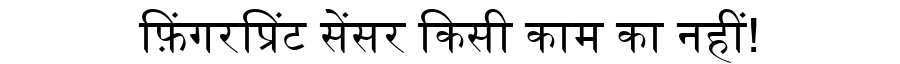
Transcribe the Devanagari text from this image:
फ़िंगरप्रिंट सेंसर किसी काम का नहीं!